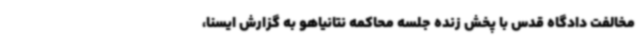
مخالفت دادگاه قدس با پخش زنده جلسه محاکمه نتانیاهو به گزارش ایسنا،